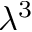
\lambda ^ { 3 }